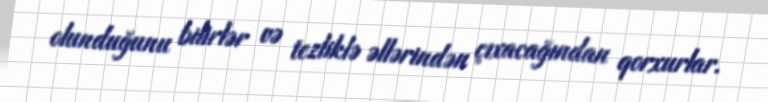
olunduğunu bilirlər və tezliklə əllərindən çıxacağından qorxurlar.